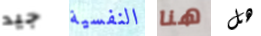
جيد النفسية هنا هل